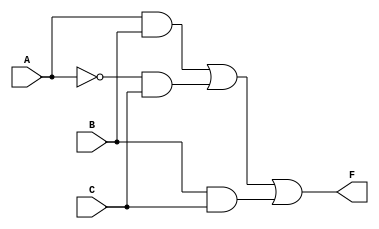
module combinational_logic (
    input wire A,    // Input A
    input wire B,    // Input B
    input wire C,    // Input C
    output wire F    // Output F
);

// Internal signals for the AND gates
wire AB;          // A AND B
wire notA_C;     // NOT A AND C
wire BC;          // B AND C

// Implementing the logic gates
assign AB = A & B;          // AND gate for A and B
assign notA_C = ~A & C;    // AND gate for NOT A and C
assign BC = B & C;          // AND gate for B and C

// Final output using OR gate
assign F = AB | notA_C | BC; // OR gate combining the results

endmodule